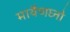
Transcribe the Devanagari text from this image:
मायैणघ्नो